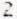
2